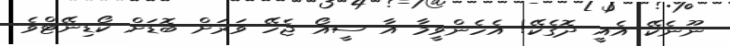
ނޫނެކޭ އެއީ ދޮގެކޭ! އެހެންވީމާ އާ ސީއޯ ޖެހޭ ވަރަށް ބޮޑަށް ކޯޑިނޭޓްވެ